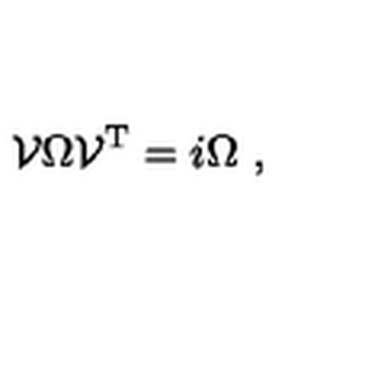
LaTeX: { \cal V } \Omega { \cal V } ^ { \mathrm { T } } = i \Omega \ ,